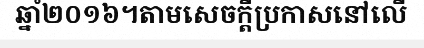
ឆ្នាំ២០១៦។តាមសេចក្តីប្រកាសនៅលើ